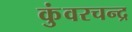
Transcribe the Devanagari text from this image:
कुंवरचन्द्र